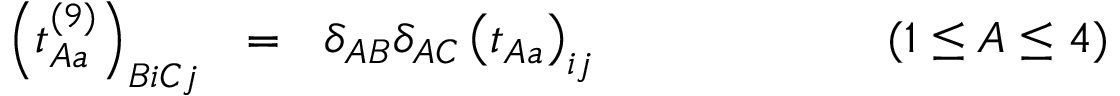
\left( t _ { A a } ^ { ( 9 ) } \right) _ { B i C j } \ \ = \ \ \delta _ { A B } \delta _ { A C } \left( t _ { A a } \right) _ { i j } \qquad \qquad \qquad ( 1 \leq A \leq 4 ) \qquad \qquad \qquad \quad